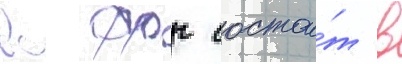
вс фрг состои́т в